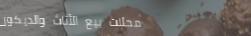
محلات بيع الأثاث والديكور